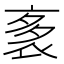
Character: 袲